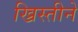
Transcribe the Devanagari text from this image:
ख्रिस्तीने